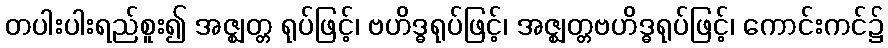
တပါးပါးရည်စူး၍ အဇ္ဈတ္တ ရုပ်ဖြင့်၊ ဗဟိဒ္ဓရုပ်ဖြင့်၊ အဇ္ဈတ္တဗဟိဒ္ဓရုပ်ဖြင့်၊ ကောင်းကင်၌